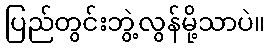
ပြည်တွင်းဘွဲ့လွန်မို့သာပဲ။